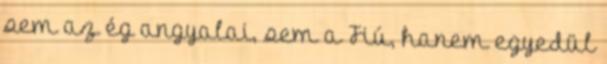
sem az ég angyalai, sem a Fiú, hanem egyedül